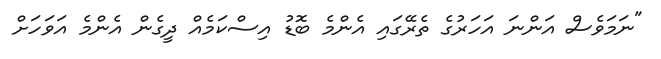
"ނަމަވެސް އަންނަ އަހަރުގެ ތެރޭގައި އެންމެ ބޮޑު އިސްކަމެއް ދީގެން އެންމެ އަވަހަށް